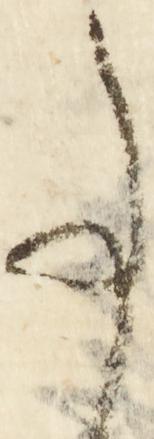
事